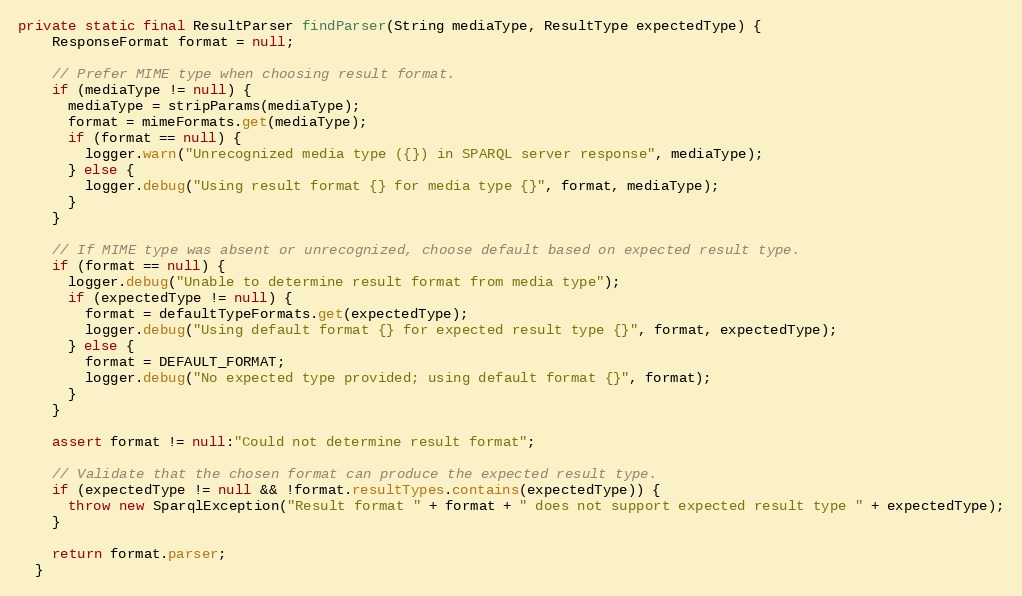
Language: Java
private static final ResultParser findParser(String mediaType, ResultType expectedType) {
    ResponseFormat format = null;

    // Prefer MIME type when choosing result format.
    if (mediaType != null) {
      mediaType = stripParams(mediaType);
      format = mimeFormats.get(mediaType);
      if (format == null) {
        logger.warn("Unrecognized media type ({}) in SPARQL server response", mediaType);
      } else {
        logger.debug("Using result format {} for media type {}", format, mediaType);
      }
    }

    // If MIME type was absent or unrecognized, choose default based on expected result type.
    if (format == null) {
      logger.debug("Unable to determine result format from media type");
      if (expectedType != null) {
        format = defaultTypeFormats.get(expectedType);
        logger.debug("Using default format {} for expected result type {}", format, expectedType);
      } else {
        format = DEFAULT_FORMAT;
        logger.debug("No expected type provided; using default format {}", format);
      }
    }

    assert format != null:"Could not determine result format";

    // Validate that the chosen format can produce the expected result type.
    if (expectedType != null && !format.resultTypes.contains(expectedType)) {
      throw new SparqlException("Result format " + format + " does not support expected result type " + expectedType);
    }

    return format.parser;
  }